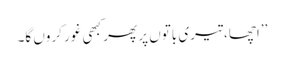
’’اچھا، تیری باتوں پر پھر کبھی غور کروں گا۔